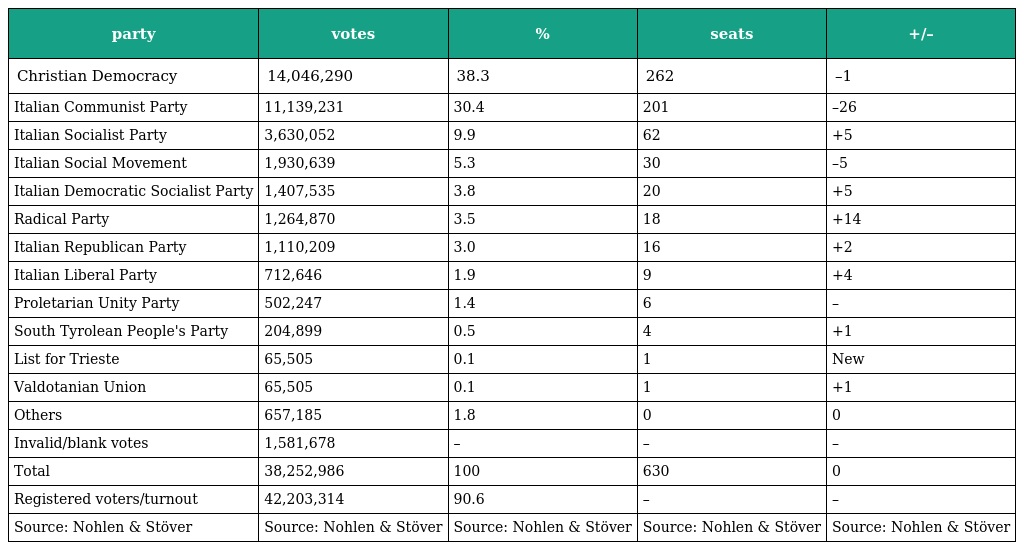
| party | votes | % | seats | +/– |
 | --- | --- | --- | --- | --- |
 | Christian Democracy | 14,046,290 | 38.3 | 262 | –1 |
 | Italian Communist Party | 11,139,231 | 30.4 | 201 | –26 |
 | Italian Socialist Party | 3,630,052 | 9.9 | 62 | +5 |
 | Italian Social Movement | 1,930,639 | 5.3 | 30 | –5 |
 | Italian Democratic Socialist Party | 1,407,535 | 3.8 | 20 | +5 |
 | Radical Party | 1,264,870 | 3.5 | 18 | +14 |
 | Italian Republican Party | 1,110,209 | 3.0 | 16 | +2 |
 | Italian Liberal Party | 712,646 | 1.9 | 9 | +4 |
 | Proletarian Unity Party | 502,247 | 1.4 | 6 | – |
 | South Tyrolean People's Party | 204,899 | 0.5 | 4 | +1 |
 | List for Trieste | 65,505 | 0.1 | 1 | New |
 | Valdotanian Union | 65,505 | 0.1 | 1 | +1 |
 | Others | 657,185 | 1.8 | 0 | 0 |
 | Invalid/blank votes | 1,581,678 | – | – | – |
 | Total | 38,252,986 | 100 | 630 | 0 |
 | Registered voters/turnout | 42,203,314 | 90.6 | – | – |
 | Source: Nohlen & Stöver | Source: Nohlen & Stöver | Source: Nohlen & Stöver | Source: Nohlen & Stöver | Source: Nohlen & Stöver |